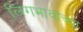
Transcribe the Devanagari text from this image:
लिंगभावांच्या